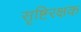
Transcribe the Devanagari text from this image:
सृष्टिरक्षक